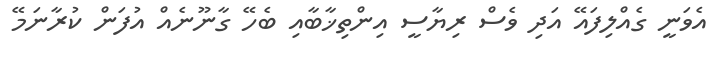
އެވަނީ ގެއްލިފައޭ އަދި ވެސް ރިޔާސީ އިންތިޚާބާއި ބެހޭ ގާނޫނެއް އުފަން ކުރާނަމޭ